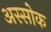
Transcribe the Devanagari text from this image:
अस्सोक